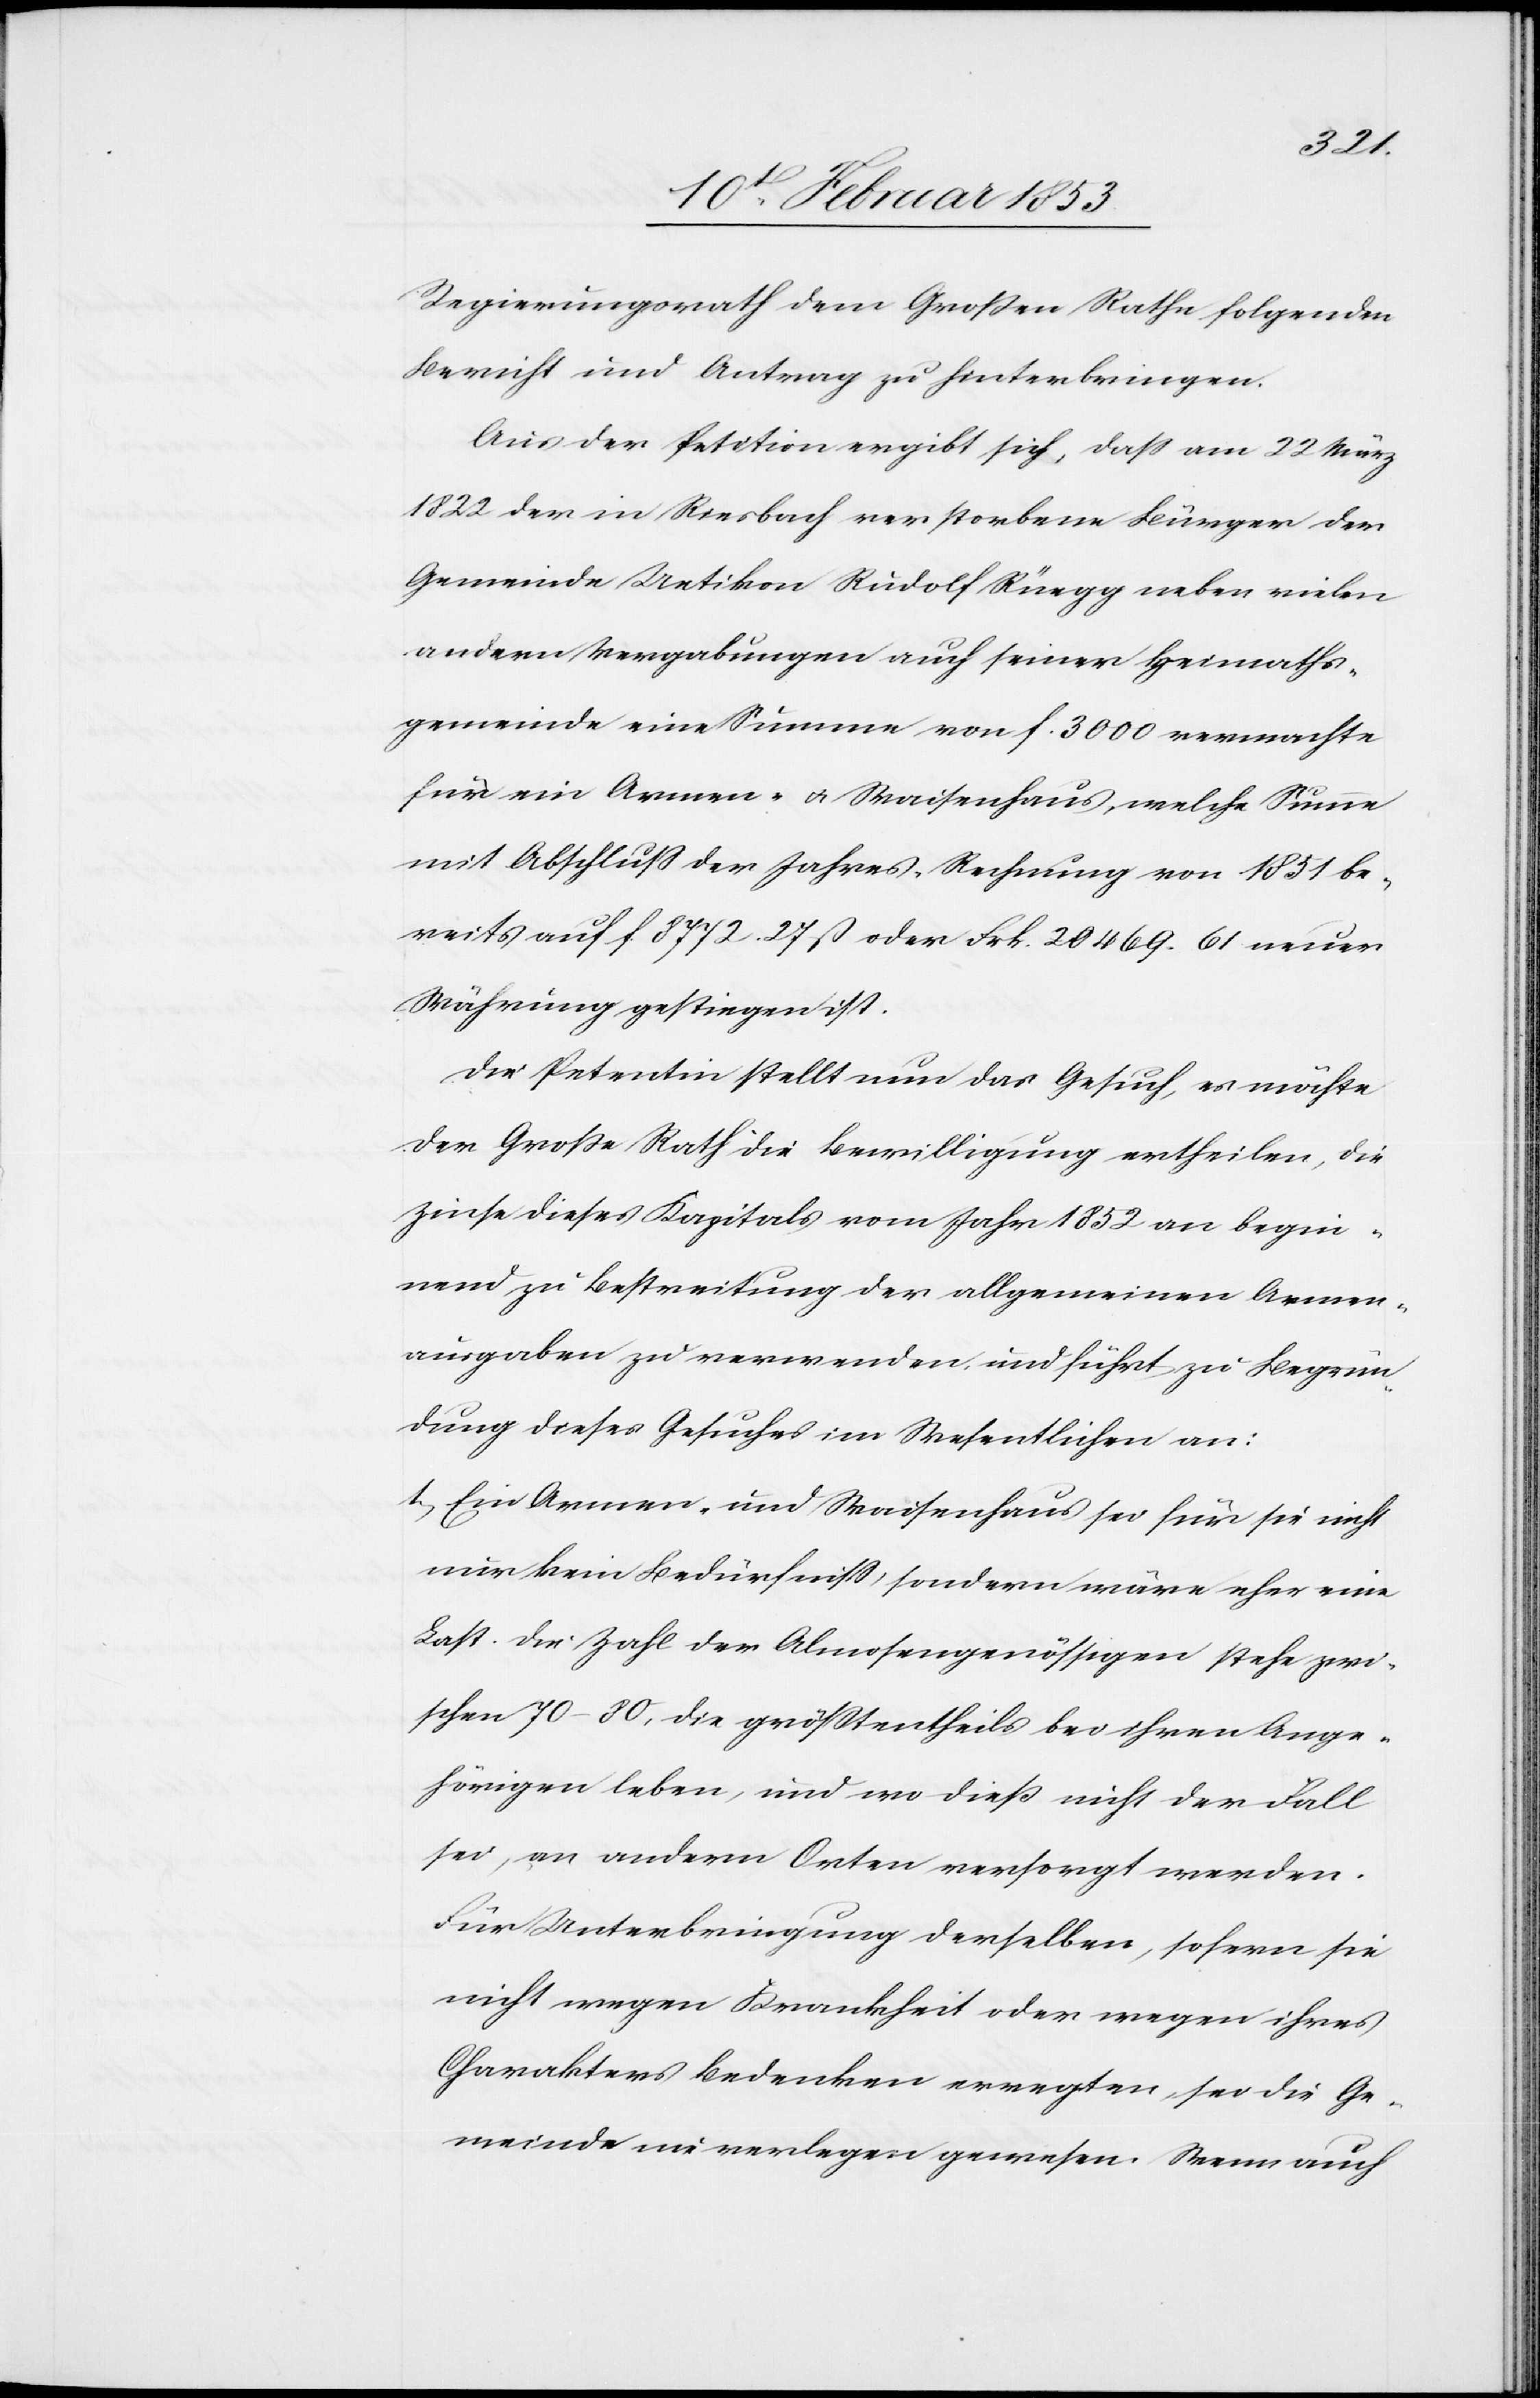
Regierungsrath dem Großen Rathe folgenden
Bericht und Antrag zu hinterbringen.
Aus der Petition ergibt sich, daß am 22 März
1822 der in Riesbach verstorbene Bürger der
Gemeinde Uetikon Rudolf Rüegg neben vielen
andern Vergabungen auch seiner Heimaths¬
gemeinde eine Summe von f. 3000 vermachte
für ein Armen- u. Waisenhaus, welche Summe
mit Abschluß der Jahres-Rechnung von 1851 be¬
reits auf f. 8772. 27 ß oder Frk. 20469. 61 neuer
Währung gestiegen ist.
Die Petentin stellt nun das Gesuch, es möchte
der Große Rath die Bewilligung ertheilen, die
Zinse dieses Kapitals vom Jahre 1852 an begin¬
nend zu Bestreitung der allgemeinen Armen¬
ausgaben zu verwenden und führt zu Begrün¬
dung dieses Gesuches im Wesentlichen an:
1, Ein Armen- und Waisenhaus sei für sie nicht
nur kein Bedürfniß, sondern wäre eher eine
Last. Die Zahl der Almosengenössigen stehe zwi¬
schen 70–80, die größtentheils bei ihren Ange¬
hörigen leben, und wo dieß nicht der Fall
sei, an andern Orten versorgt werden.
Für Unterbringung derselben, sofern sie
nicht wegen Krankheit oder wegen ihres
Charakters bedenken erregten, sei die Ge¬
meinde nie verlegen gewesen. Wenn auch